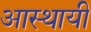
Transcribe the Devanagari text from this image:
आस्थायी